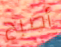
أصبح